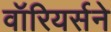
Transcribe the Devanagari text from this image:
वॉरियर्सने